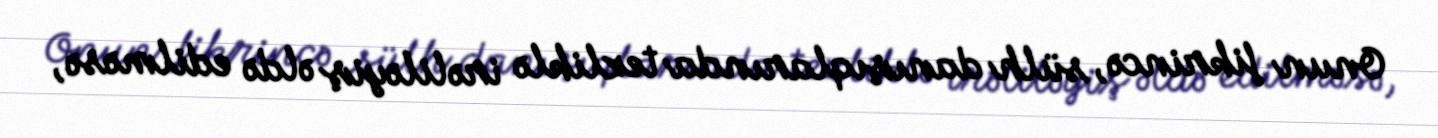
Onun fikrincə, sülh danışıqlarında tezliklə irəliləyiş əldə edilməsə,